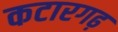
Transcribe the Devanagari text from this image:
कटारगढ़